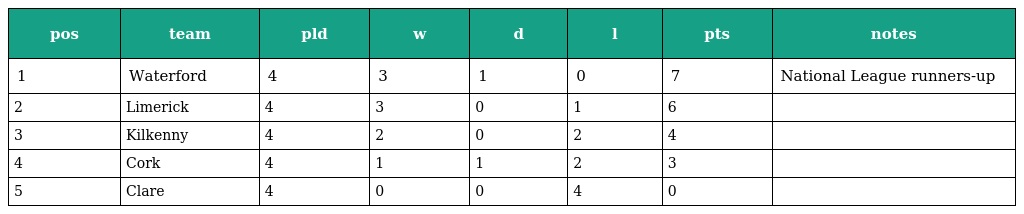
| pos | team | pld | w | d | l | pts | notes |
 | --- | --- | --- | --- | --- | --- | --- | --- |
 | 1 | Waterford | 4 | 3 | 1 | 0 | 7 | National League runners-up |
 | 2 | Limerick | 4 | 3 | 0 | 1 | 6 |  |
 | 3 | Kilkenny | 4 | 2 | 0 | 2 | 4 |  |
 | 4 | Cork | 4 | 1 | 1 | 2 | 3 |  |
 | 5 | Clare | 4 | 0 | 0 | 4 | 0 |  |